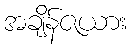
အချိန်ဇယား